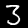
Label: 3